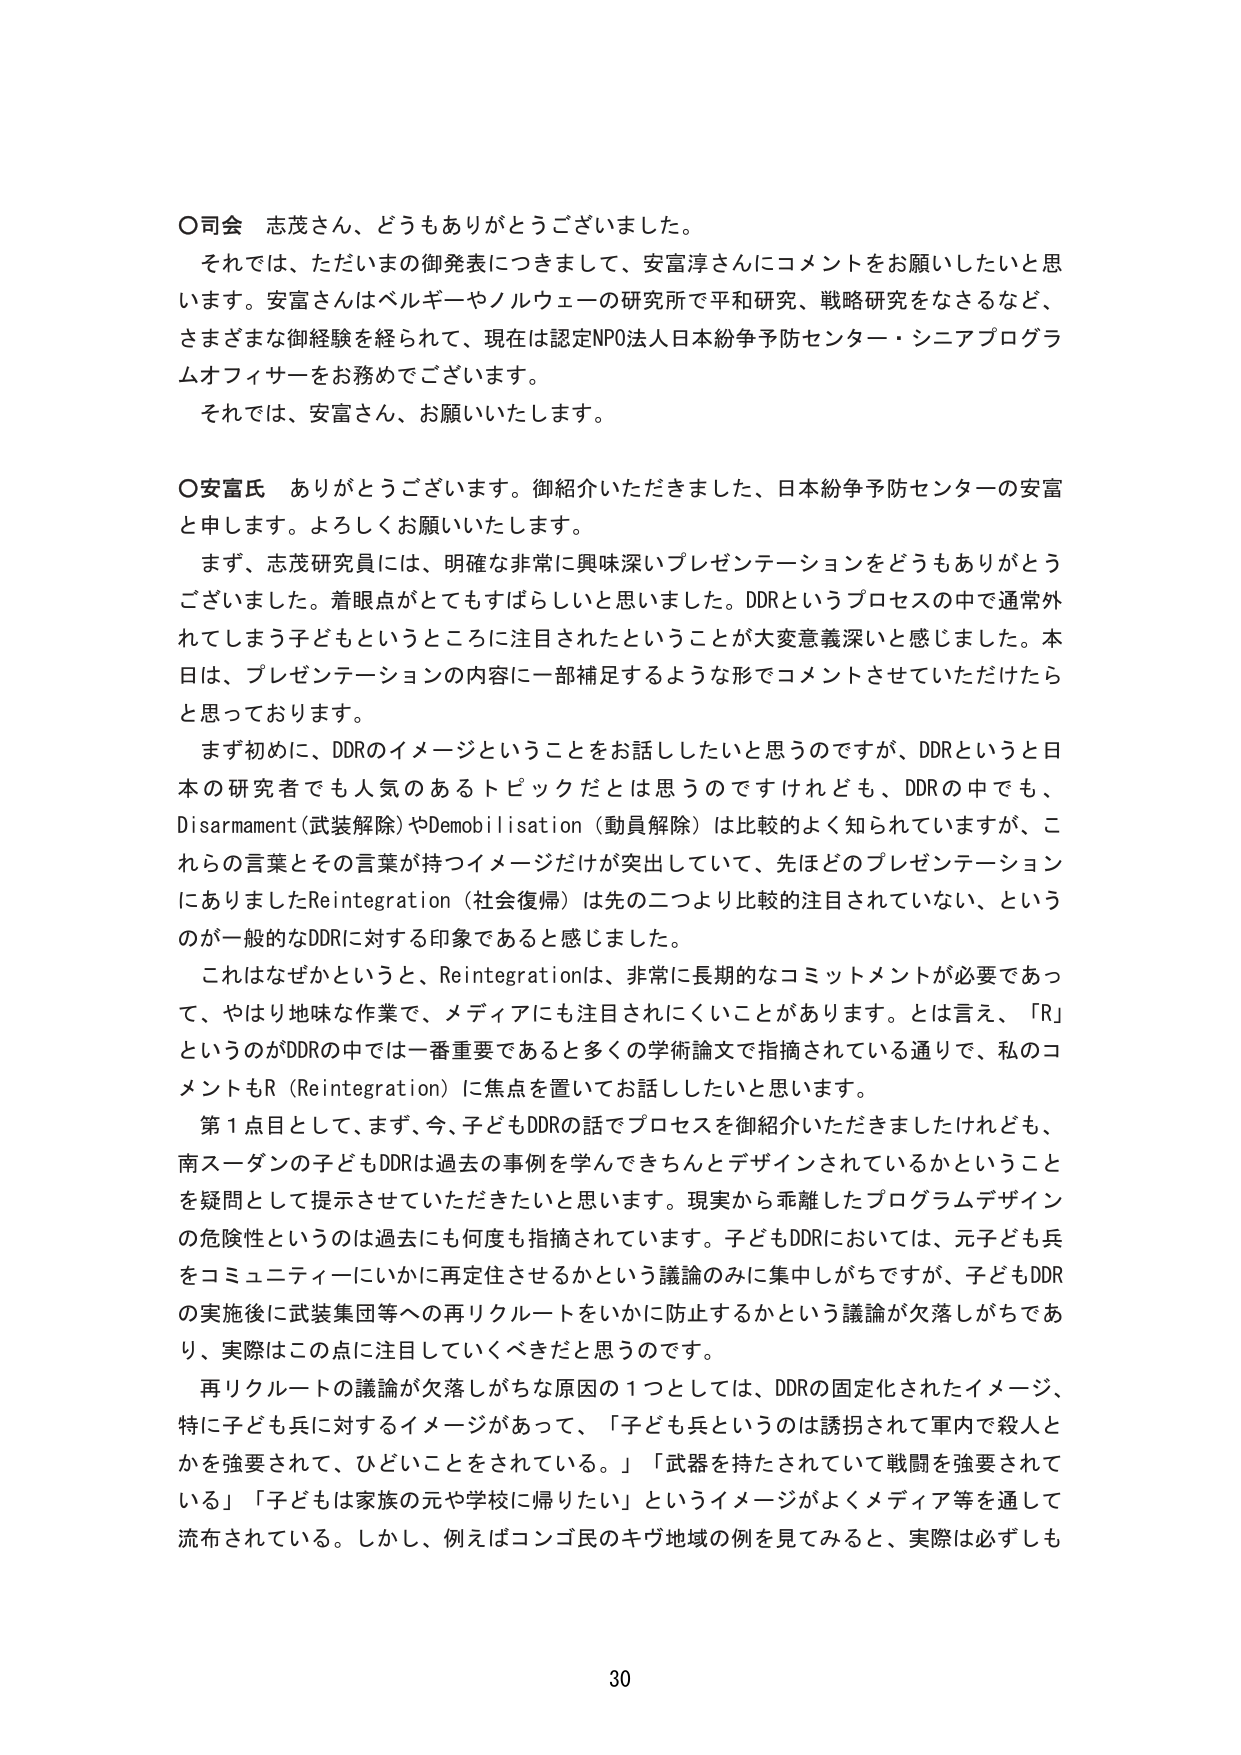
○司会 志茂さん、どうもありがとうございました。
それでは、ただいまの御発表につきまして、安富淳さんにコメントをお願いしたいと思います。安富さんはベルギーやノルウェーの研究所で平和研究、戦略研究をなさるなど、さまざまな御経験を経られて、現在は認定NPO法人日本紛争予防センター・シニアプログラムオフィサーをお務めでございます。
それでは、安富さん、お願いいたします。

○安富氏 ありがとうございます。御紹介いただきました、日本紛争予防センターの安富と申します。よろしくお願いいたします。
まず、志茂研究員には、明確な非常に興味深いプレゼンテーションをどうもありがとうございました。着眼点がとてもすばらしいと思いました。DDRというプロセスの中で通常外れてしまう子どもというところに注目されたということが大変意義深いと感じました。本日は、プレゼンテーションの内容に一部補足するような形でコメントさせていただけたらと思っております。
まず初めに、DDRのイメージということをお話ししたいと思うのですが、DDRというと日本の研究者でも人気のあるトピックだとは思うのですけれども、DDRの中でも、Disarmament（武装解除）やDemobilisation（動員解除）は比較的よく知られていますが、これらの言葉とその言葉が持つイメージだけが突出していて、先ほどのプレゼンテーションにありましたReintegration（社会復帰）は先の二つより比較的注目されていない、というのが一般的なDDRに対する印象であると感じました。
これはなぜかというと、Reintegrationは、非常に長期的なコミットメントが必要であって、やはり地味な作業で、メディアにも注目されにくいことがあります。とは言え、「R」というのがDDRの中では一番重要であると多くの学術論文で指摘されている通りで、私のコメントもR（Reintegration）に焦点を置いてお話ししたいと思います。
第1点目として、まず、今、子どもDDRの話でプロセスを御紹介いただきましたけれども、南スーダンの子どもDDRは過去の事例を学んできちんとデザインされているかということを疑問として提示させていただきたいと思います。現実から乖離したプログラムデザインの危険性というのは過去にも何度も指摘されています。子どもDDRにおいては、元子ども兵をコミュニティーにいかに再定住させるかという議論のみに集中しがちですが、子どもDDRの実施後に武装集団等への再リクルートをいかに防止するかという議論が欠落しがちであり、実際はこの点に注目していくべきだと思うのです。
再リクルートの議論が欠落しがちな原因の1つとしては、DDRの固定化されたイメージ、特に子ども兵に対するイメージがあって、「子ども兵というのは誘拐されて軍内で殺人とかを強要されて、ひどいことをされている。」「武器を持たされていて戦闘を強要されている」「子どもは家族の元や学校に帰りたい」というイメージがよくメディア等を通じて流布されている。しかし、例えばコンゴ民のキヴ地域の例を見てみると、実際は必ずしも

30